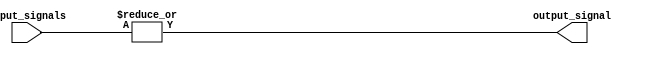
module OR_gate(
    input [31:0] input_signals,
    output reg output_signal
);

always @* begin
    output_signal = |input_signals; // Bitwise OR operation on all input signals
end

endmodule